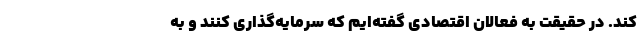
کند. در حقیقت به فعالان اقتصادی گفته‌ایم که سرمایه‌گذاری کنند و به